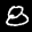
Label: 8